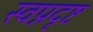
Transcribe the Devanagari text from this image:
स्वप्नदृष्ट